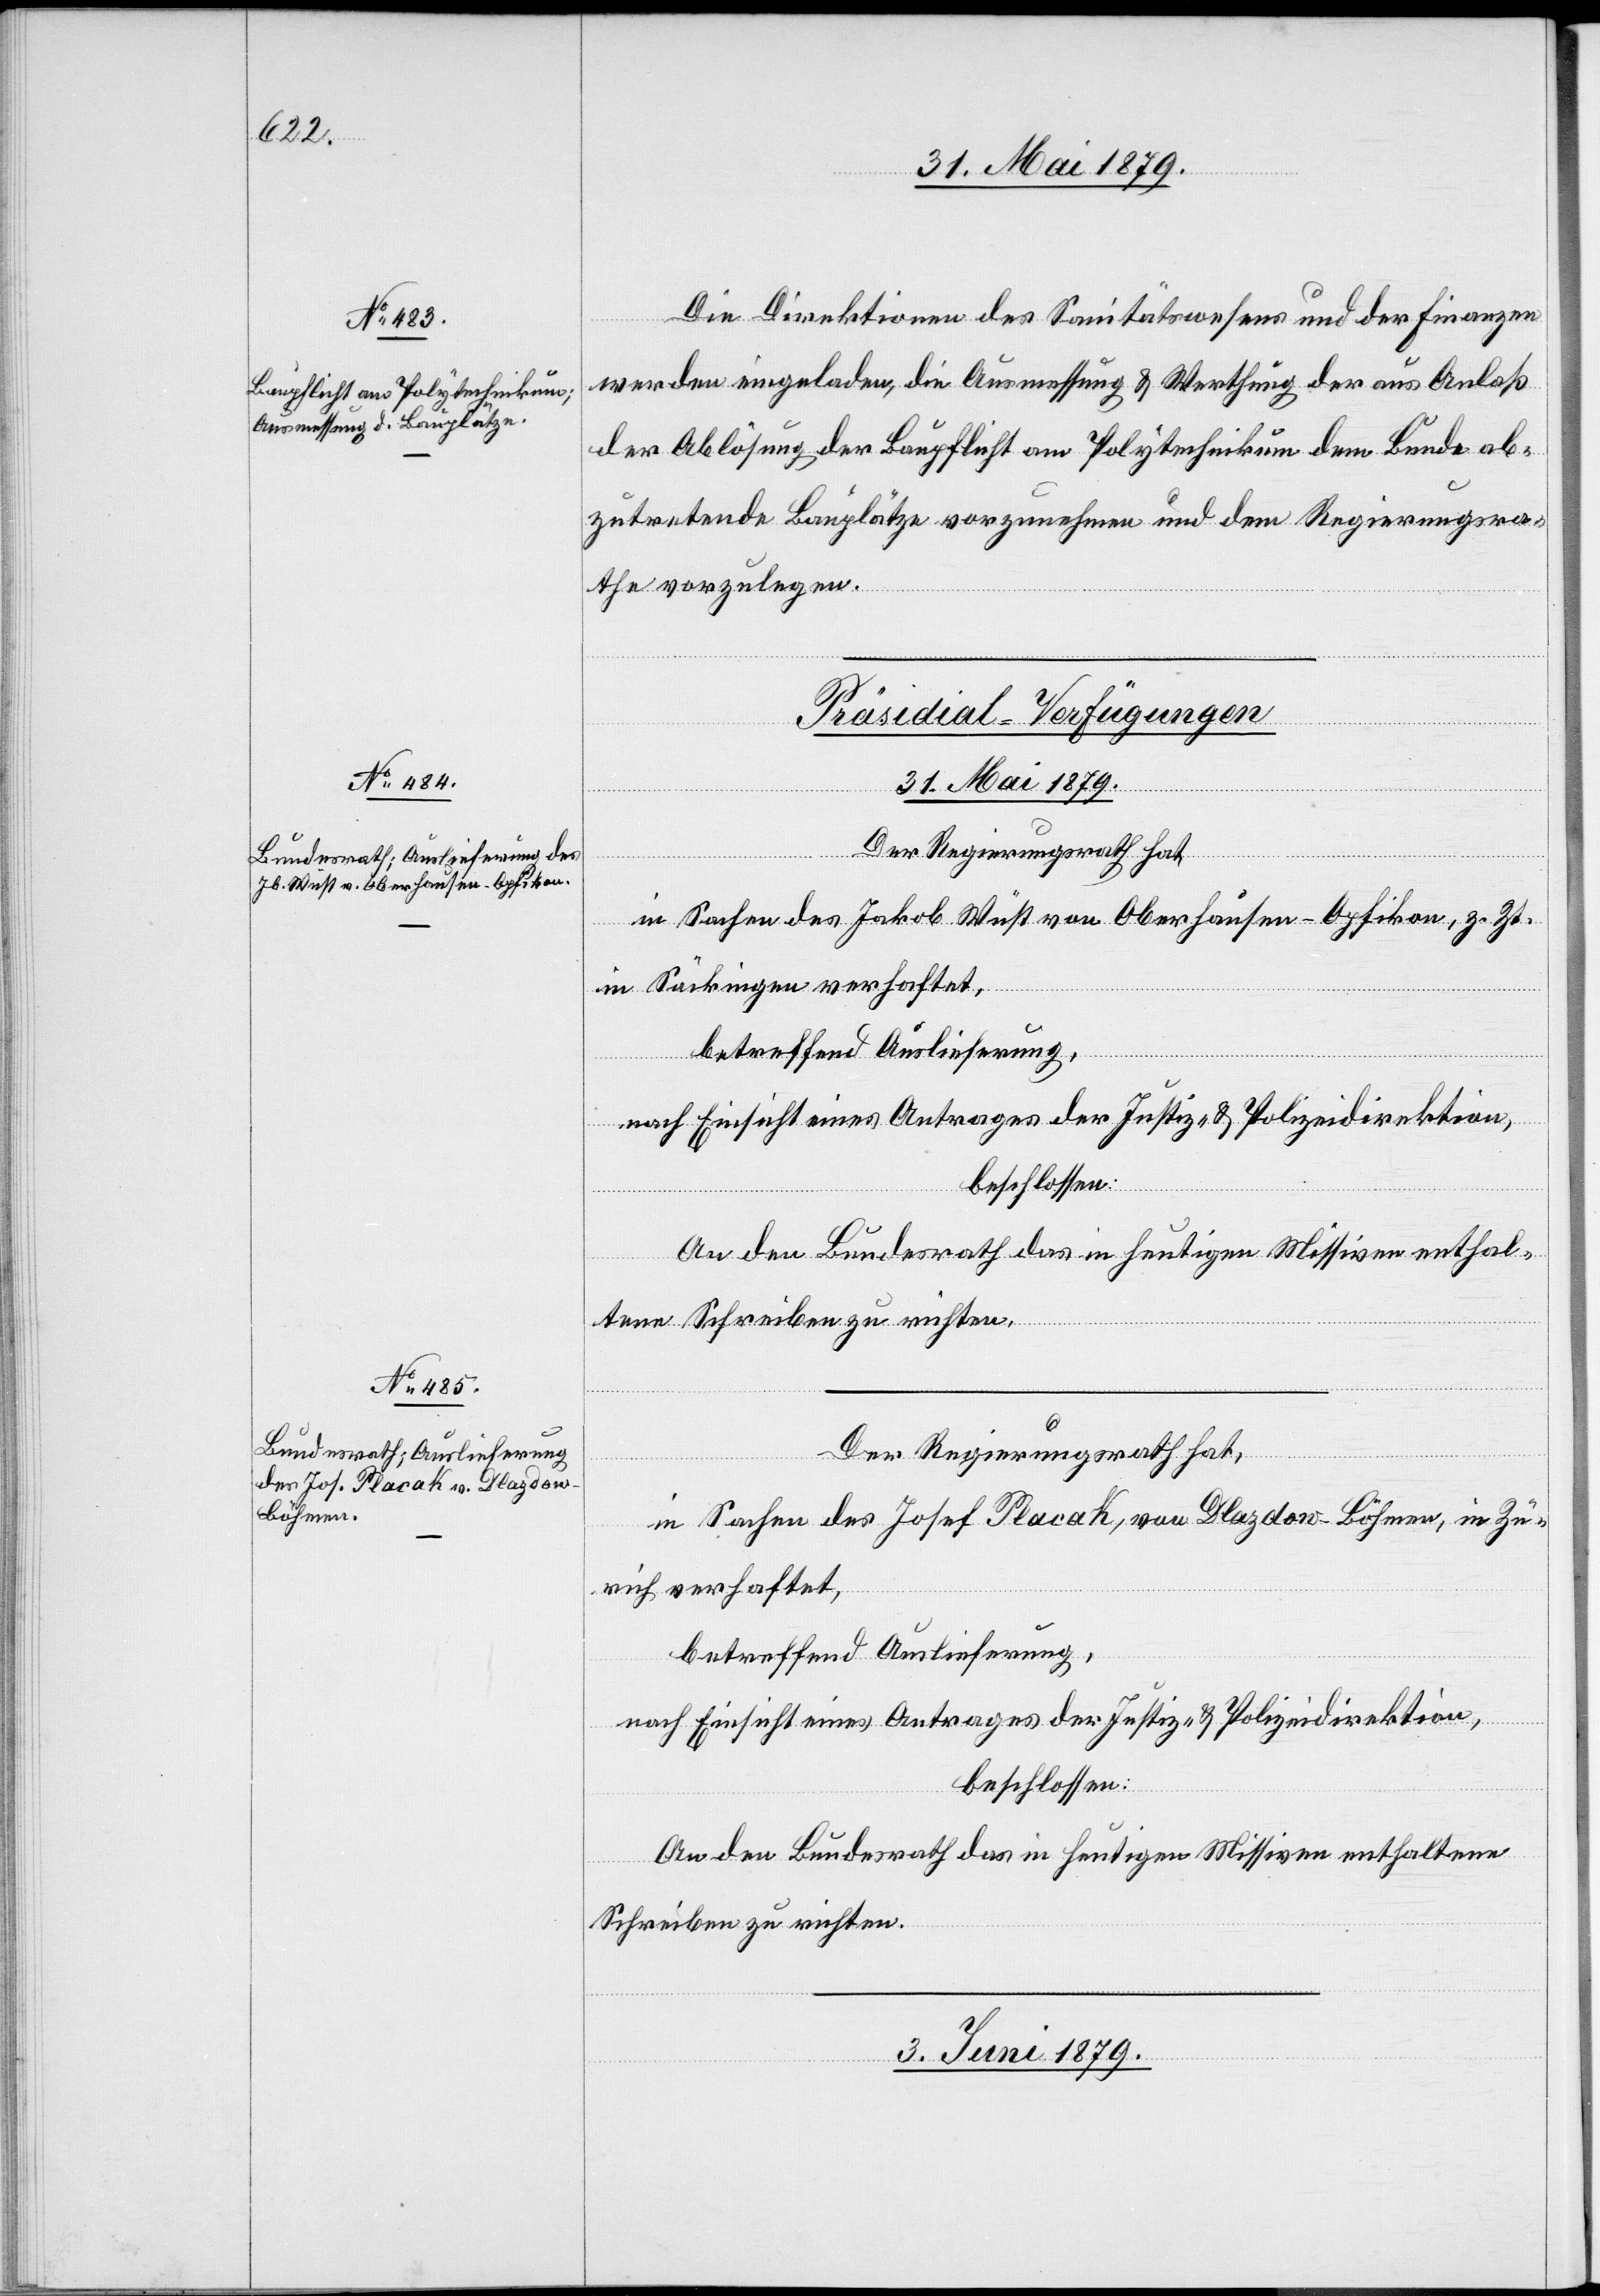
Die Direktionen des Sanitätswesens und der Finanzen
werden eingeladen, die Ausmessung & Werthung der aus Anlaß
der Ablösung der Baupflicht am Polytechnikum dem Bunde ab¬
zutretende[n] Bauplätze vorzunehmen und dem Regierungsra¬
the vorzulegen.
[Präsidial-Verfügungen]
31. Mai 1879.]
Der Regierungsrath hat,
in Sachen des Jakob Wüst von Oberhausen - Opfikon, z. Zt.
in Säckingen verhaftet,
betreffend Auslieferung,
nach Einsicht eines Antrages der Justiz- & Polizeidirektion,
Der Regierungsrath hat,
in Sachen des Josef Placak, von Dlazdow - Böhmen, in Zü¬
rich verhaftet,
betreffend Auslieferung,
nach Einsicht eines Antrages der Justiz- & Polizeidirektion,
beschlossen:
An den Bundesrath das in heutigen Missiven enthaltene
Schreiben zu richten.
3. Juni 1879.